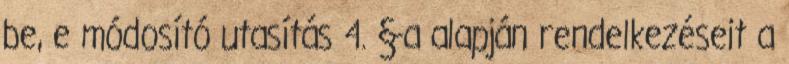
be, e módosító utasítás 4. §-a alapján rendelkezéseit a